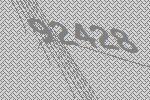
92428